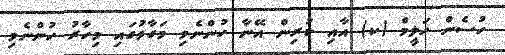
ހުސެން ހަލީމް (ކ) އާއި ކުރިން އޭނާ ހުންނެވި މަގާމުގައި މިހާރު ހުންނެވި